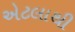
એટલાથી